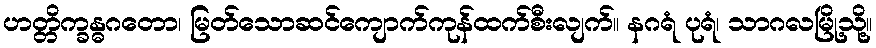
ဟတ္တိက္ခန္ဓဂတော၊ မြတ်သောဆင်ကျောက်ကုန်ထက်စီးလျက်။ နဂရံ ပုရံ၊ သာဂလမြို့သို့။